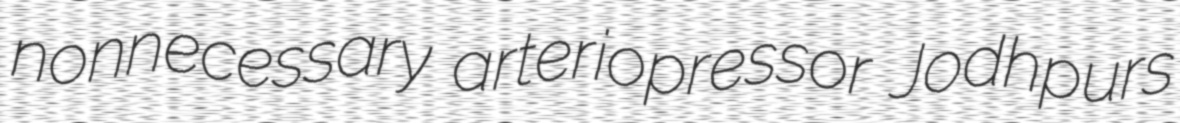
nonnecessary arteriopressor Jodhpurs